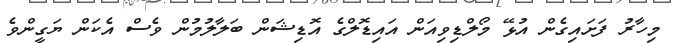
މިހާރު ފަށައިގެން އުޅޭ މޯލްޑިވިއަން އައިޑޮލްގެ އޮޑިޝަން ބަލާލުމުން ވެސް އެކަން ޔަގީންވެ